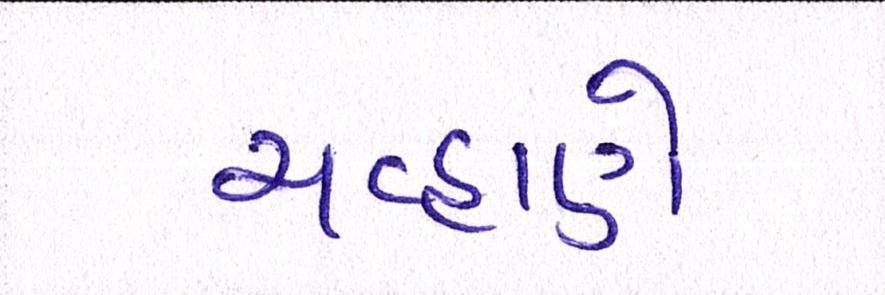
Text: ચવ્હાણે